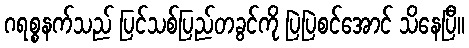
ဂရစ္စနက်သည် ပြင်သစ်ပြည်တခွင်ကို ပြဲပြဲစင်အောင် သိနေပြီ။